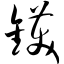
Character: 镬